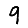
Digit: 9